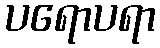
ပရောပရာ